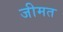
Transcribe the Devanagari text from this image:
जीमत